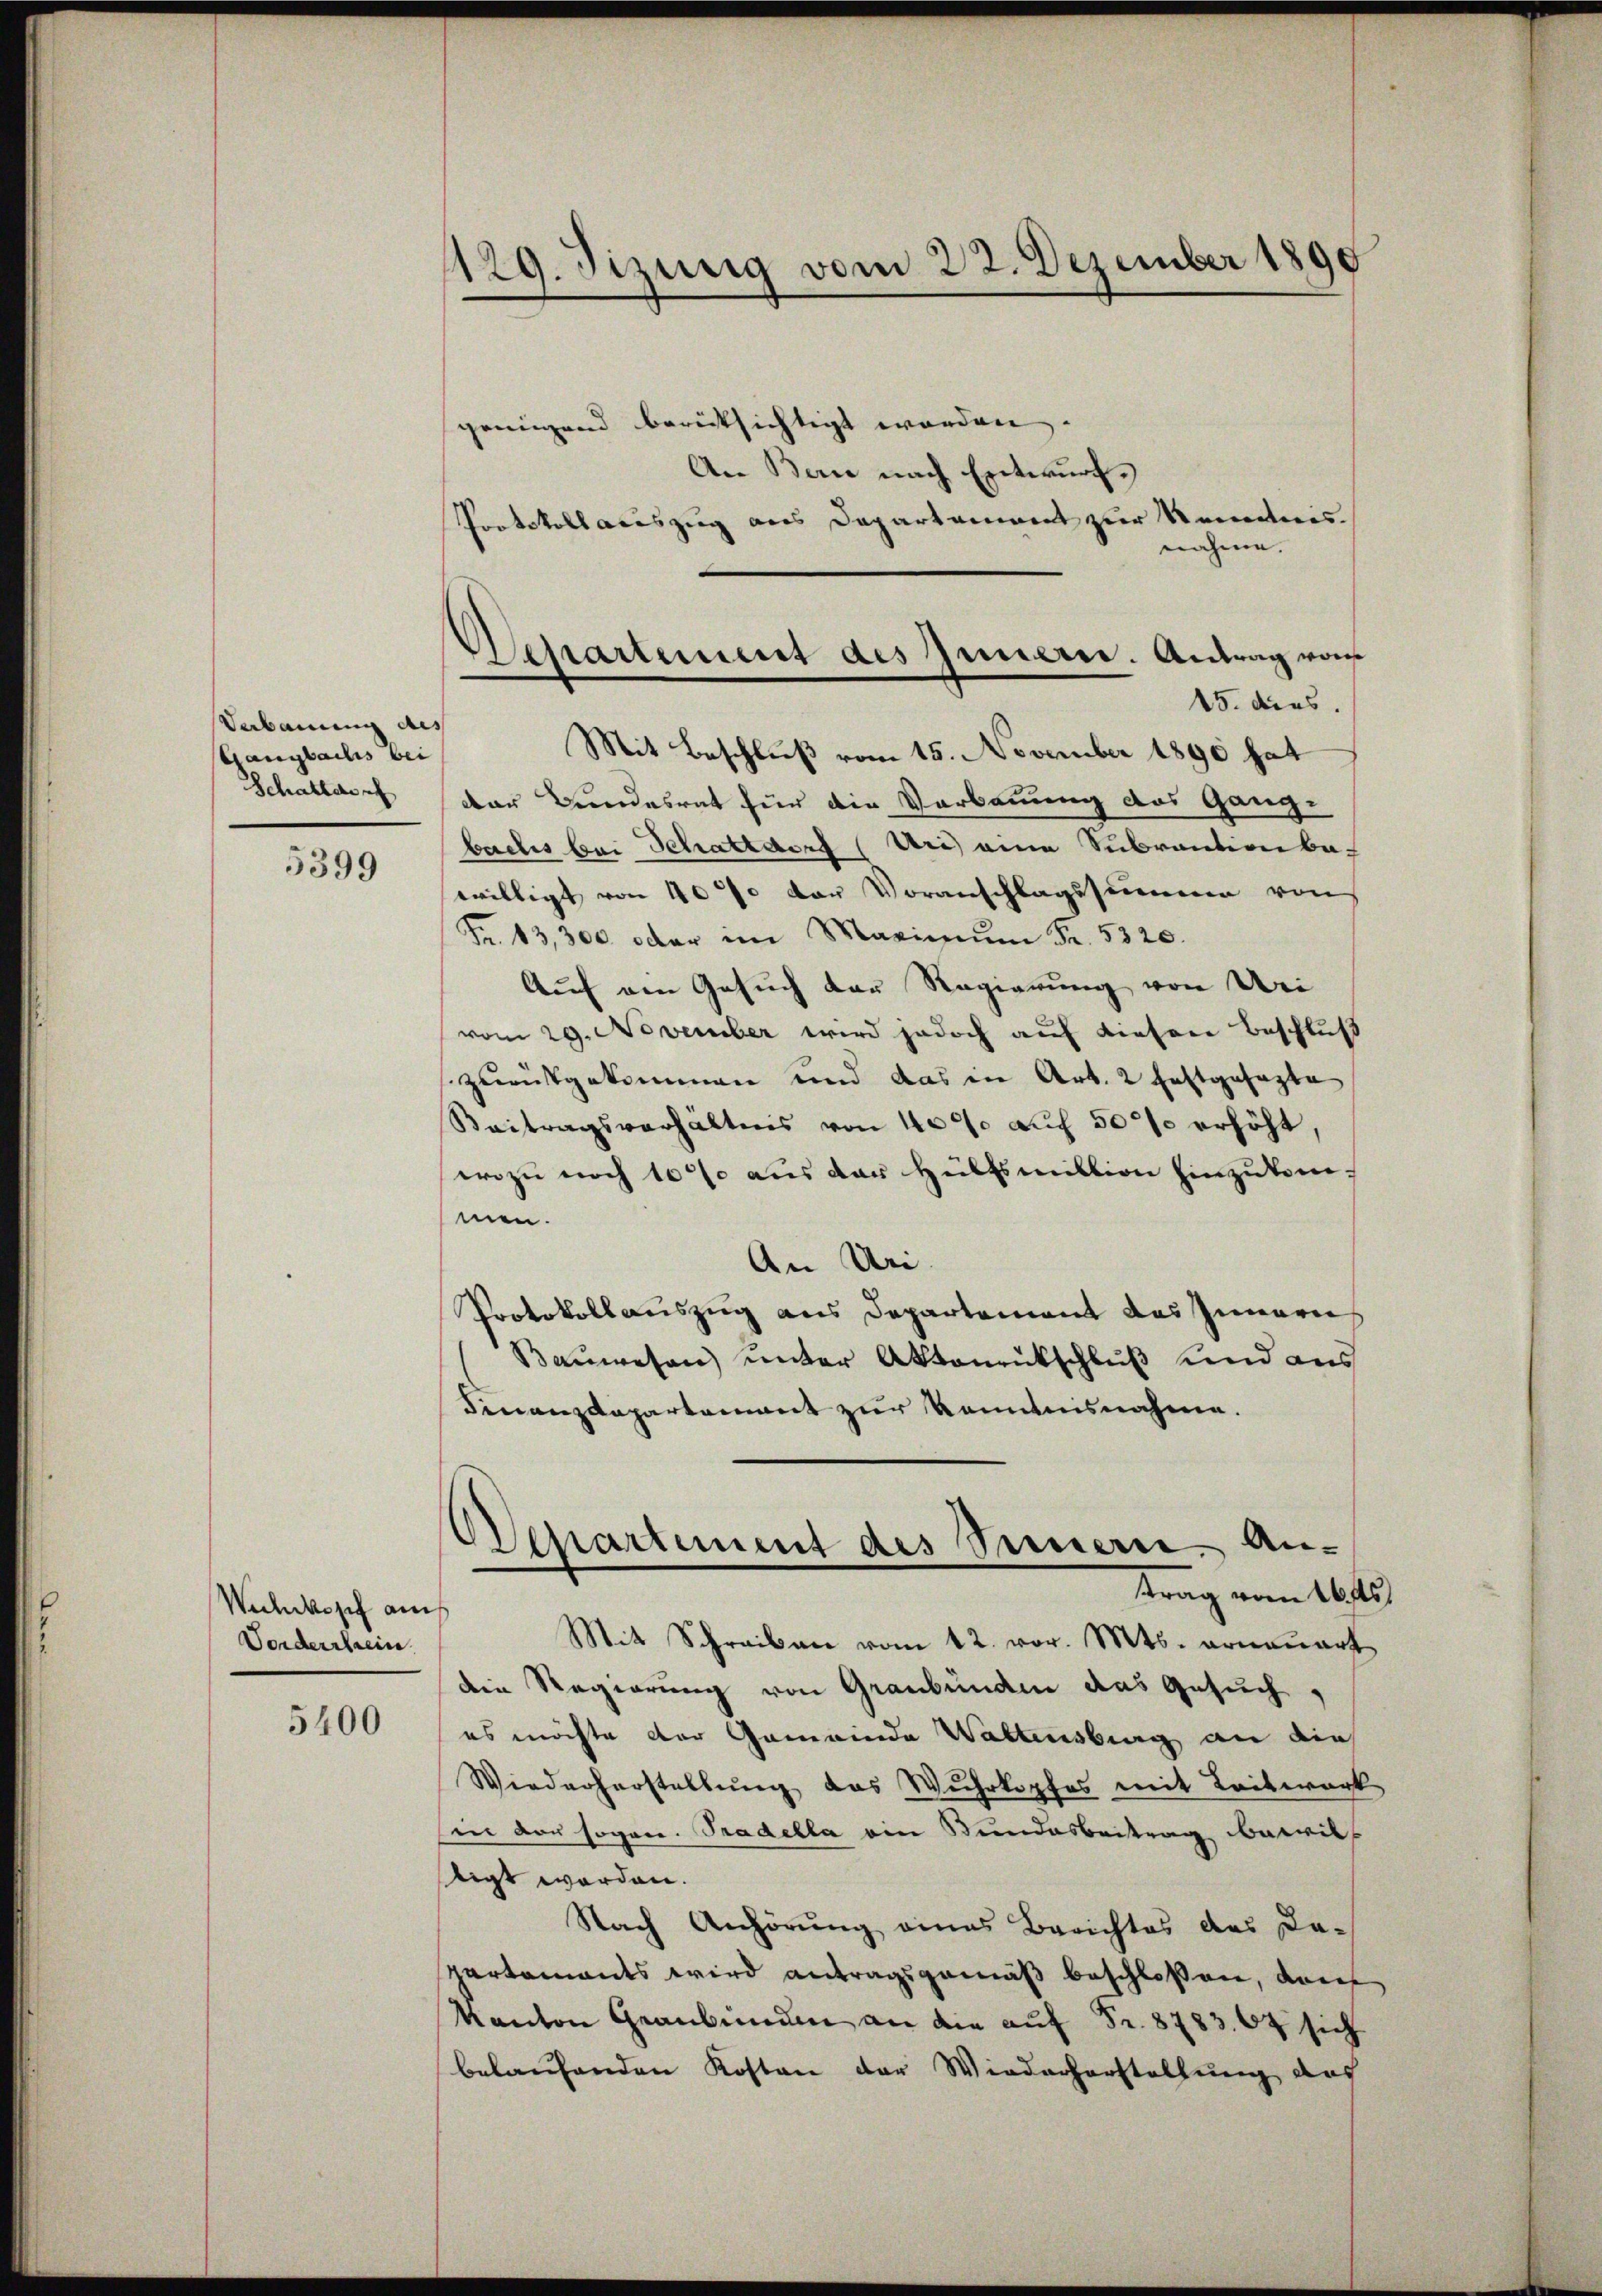
Verbauung des
Gangbachs bei
Schattes

5399

Wihwkopf am
Vorderstrein.

5400

1129. Jizung vom 22. Dezember 1890

Departement des Innern. Antrag von

genügend berücksichtigt worden,
An Bern nach Entwurf.
Protokoll auszug aus Departement zur Kenntnisnahme.
15. dies
Mit Beschluß vom 15. November 1890 hat
der Bundesrat für die Verbauung des Gang-
bachs bei Schattdorf (Uri) eine Subrantionba-
willigt von 40% der Voranschlagssummen von
Fr. 13,300 oder im Maximum Fr. 5320.
Auf am Gesuch der Regierung von Uri
vom 29. November wird jedoch auf dieser Beschluß
zurückgekommen und das in Art. 2 festgesagte
Beitragsverhältnis von 4000 auf 500 erhöht,
wozu noch 10% aus der Hülfsmittion hinzukommen.
An Uri.
Protokollauszug aus Departement das Innerei
Bauwesen unter Aktenrückschluß und aus
Finanzdepartement zur Kenntnisnahme.

Separtement des Sinnern. Antrag vom 16ten
Mit Schreiben vom 12. vor. Mts. erneuert

dein Regierung von Graubünden das Gesuch,
es möchte der Gemeinde Waltensburg an die
Wiederherstellŭng das Wuhrkopfes mit Leitwerk
in der sogen. Tradella ein Bundesbeitrag bewill
ligt worden.
Nach Anhörung eines Berichtes des Da-
partements wird antragsgemäß beschloßen, dan
Kanton Graubünden an die auf Fr. 8783. 64 sich
belaufenden Kosten der Wiederherstellung des